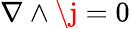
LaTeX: \nabla\wedge\j=0